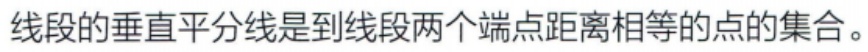
线段的垂直平分线是到线段两个端点距离相等的点的集合。